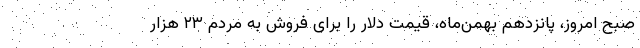
صبح امروز، پانزدهم بهمن‌ماه، قیمت دلار را برای فروش به مردم ۲۳ هزار